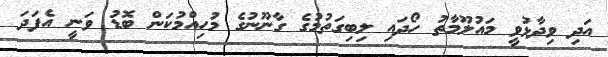
އަދި ވިދާޅުވީ މައުލޫމާތު ހޯދައި ލިބިގަތުމުގެ ގާނޫނުގެ މުހިއްމުކަން ބޮޑު ވަނީ އެފަދަ